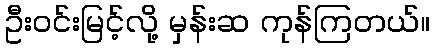
ဦးဝင်းမြင့်လို့ မှန်းဆ ကုန်ကြတယ်။